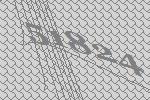
51824